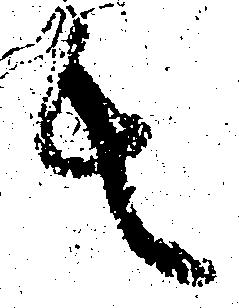
者